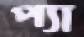
প্যা